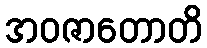
အဝဇာတောတိ